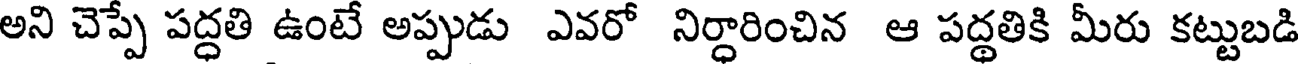
అని చెప్పే పద్ధతి ఉంటే అప్పుడు ఎవరో నిర్ధారించిన ఆ పద్థతికి మీరు కట్టుబడి